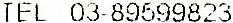
TEL 03-89599823